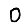
Digit: 0